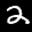
Label: 2